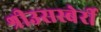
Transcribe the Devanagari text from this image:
श्रीउसस्बेर्री